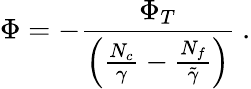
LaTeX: \Phi=-\frac{\Phi_{T}}{\left(\frac{N_{c}}{\gamma}-\frac{N_{f}}{\tilde{\gamma}}\right)}\ .